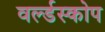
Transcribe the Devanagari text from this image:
वर्ल्डस्कोप